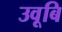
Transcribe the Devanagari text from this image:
उवूबि